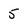
Character: 5